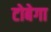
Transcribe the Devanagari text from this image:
टोबेगा